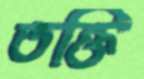
তক্তি